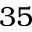
3 5